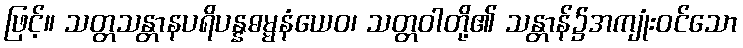
ဖြင့်။ သတ္တသန္တာနပရိပန္နဓမ္မနံယေဝ၊ သတ္တဝါတို့၏ သန္တာန်၌အကျုံးဝင်သော